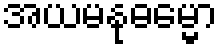
အယမနုဓမ္မော